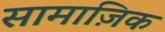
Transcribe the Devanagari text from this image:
सामाज़िक